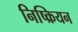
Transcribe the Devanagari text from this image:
निष्क्रियन